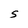
Character: S